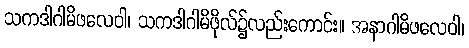
သကဒါဂါမိဖလေဝါ၊ သကဒါဂါမိဖိုလ်၌လည်းကောင်း။ အနာဂါမိဖလေဝါ၊